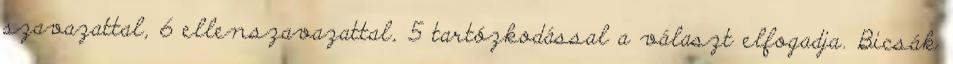
szavazattal, 6 ellenszavazattal, 5 tartózkodással a választ elfogadja. Bicsák